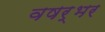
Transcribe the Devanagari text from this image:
वषर्भर